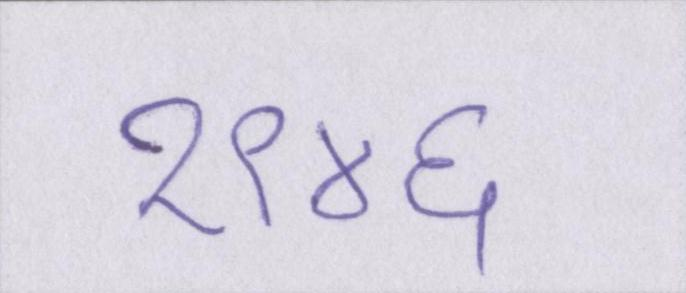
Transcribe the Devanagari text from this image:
१९४६